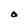
Character: O